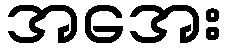
အအေး